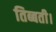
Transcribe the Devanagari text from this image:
तिब्बती।